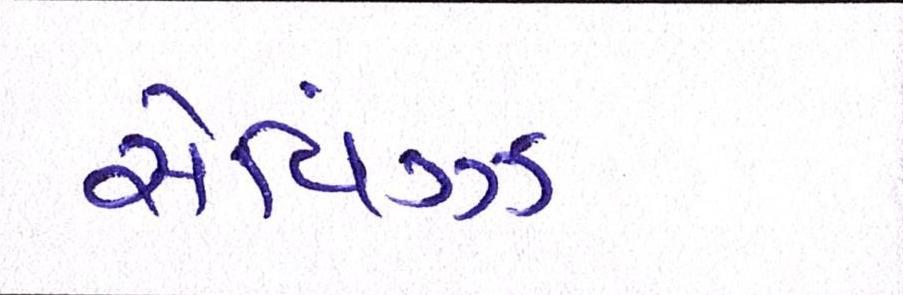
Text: સેવિંગ્ઝ